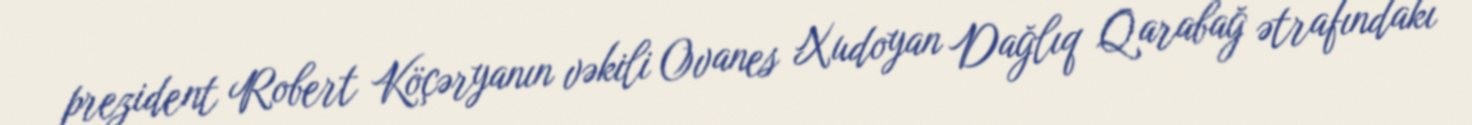
prezident Robert Köçəryanın vəkili Ovanes Xudoyan Dağlıq Qarabağ ətrafındakı